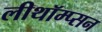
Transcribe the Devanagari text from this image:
लीथॉम्प्सन